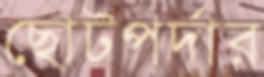
ছোটপর্দার